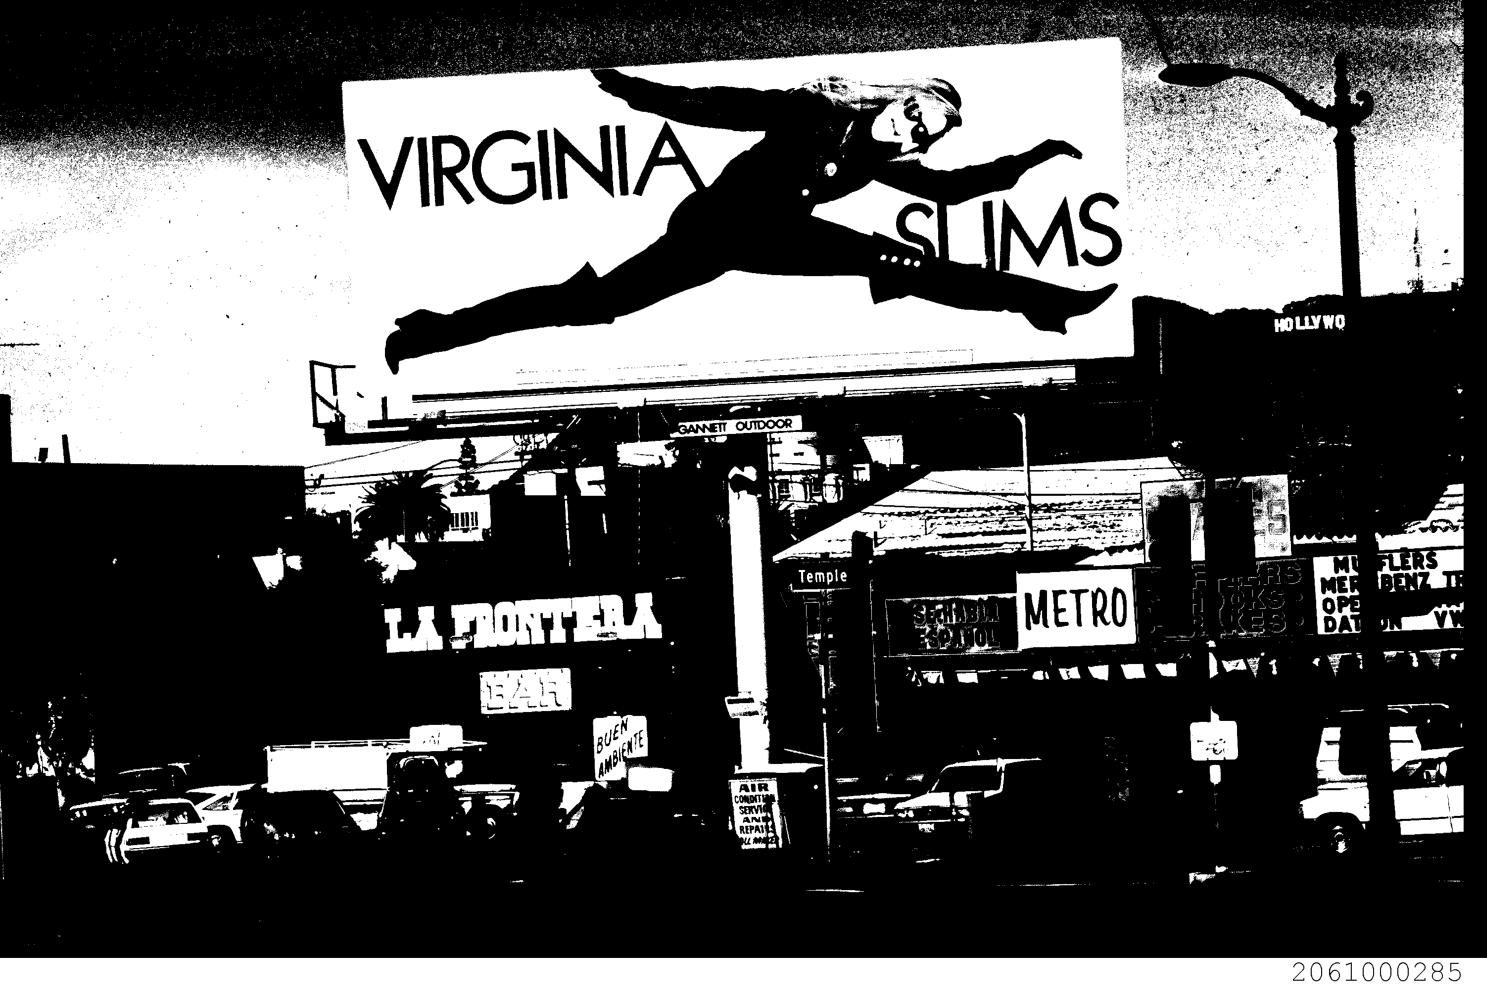
; — ‘ QUIDOOR : Z
 = a ie 2 ;
 oe Gow
 ablles METRO =
 ps A .. . at
 ae mC
 t4 - ) ne a
 : i a.
 REPAY
 2061000285